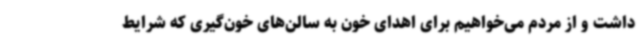
داشت و از مردم می‌خواهیم برای اهدای خون به سالن‌های خون‌گیری که شرایط